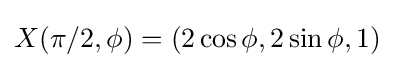
X({\pi /2},\phi )=(2\cos \phi ,2\sin \phi ,1)